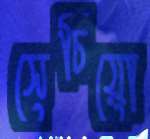
সেচিয়ো